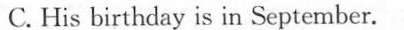
C. His birthday is in September.